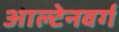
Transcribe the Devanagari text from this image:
आल्टेनवर्ग